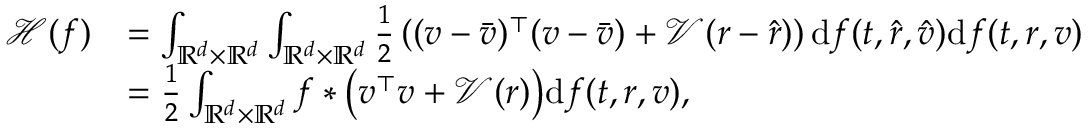
\begin{array} { r l } { \mathcal H ( f ) } & { = \int _ { \mathbb R ^ { d } \times \mathbb R ^ { d } } \int _ { \mathbb R ^ { d } \times \mathbb R ^ { d } } \frac { 1 } { 2 } \left( ( v - \bar { v } ) ^ { \top } ( v - \bar { v } ) + \mathcal V ( r - \hat { r } ) \right) \mathrm d f ( t , \hat { r } , \hat { v } ) \mathrm d f ( t , r , v ) } \\ & { = \frac { 1 } { 2 } \int _ { \mathbb R ^ { d } \times \mathbb R ^ { d } } f \ast \big ( v ^ { \top } v + \mathcal V ( r ) \big ) \mathrm d f ( t , r , v ) , } \end{array}